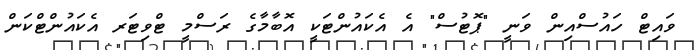
ވައިޓް ހައުސްއިން ވަނީ "ޕޮޓުސް" އެ އެކައުންޓަކީ އޮބާމާގެ ރަސްމީ ޓްވިޓަރ އެކައުންޓްކަން